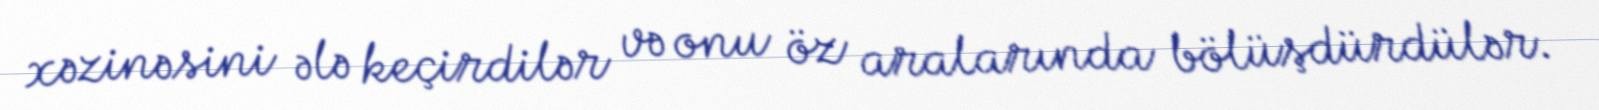
xəzinəsini ələ keçirdilər və onu öz aralarında bölüşdürdülər.